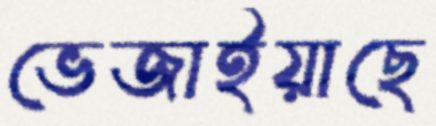
ভেজাইয়াছে